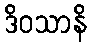
ဒိဝသာနိ